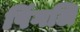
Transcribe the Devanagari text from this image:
पिंगलि